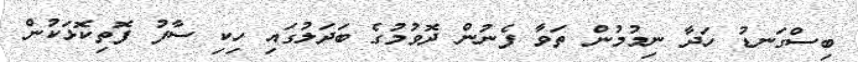
ބިސްގަނޑު ހަދާ ނިމުމުން ތަވާ ފެނުން ދޮވުމުގެ ބަދަލުގައި ހިކި ސާފު ފޮތިކޮޅަކުން